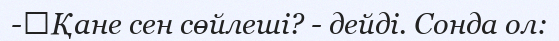
-	Қане сен сөйлеші? - дейді. Сонда ол: